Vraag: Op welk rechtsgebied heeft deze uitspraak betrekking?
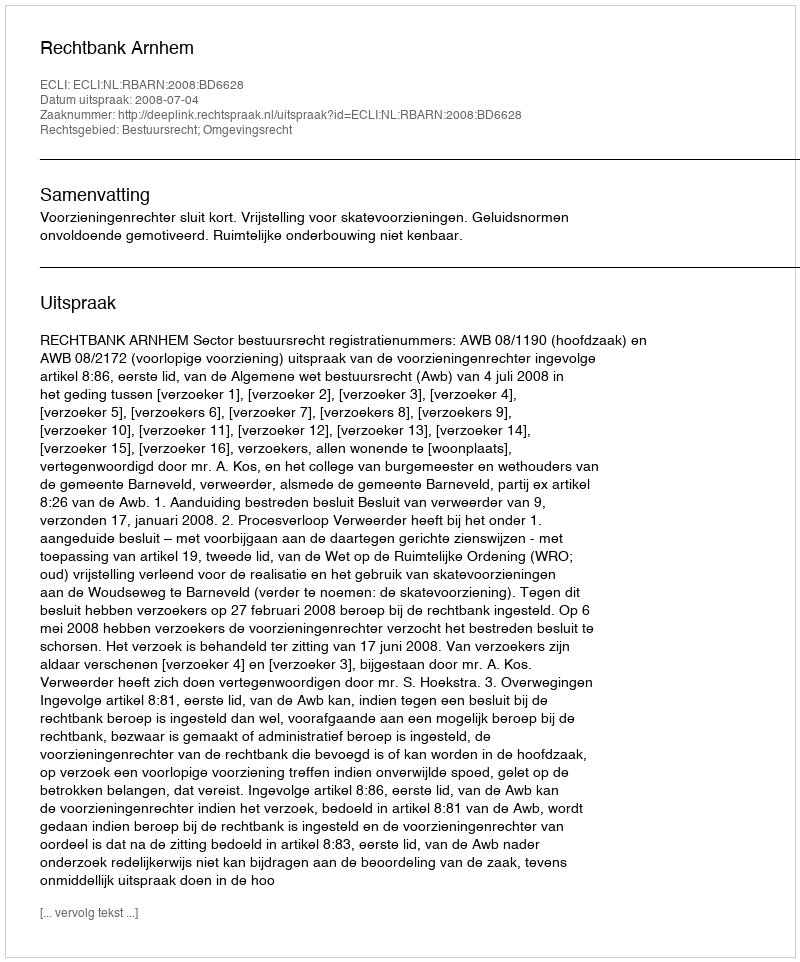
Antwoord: Bestuursrecht; Omgevingsrecht